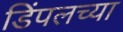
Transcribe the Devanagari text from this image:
डिंपलच्या